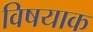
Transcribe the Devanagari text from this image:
विषयाक